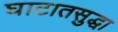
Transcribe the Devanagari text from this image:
घाटातसुद्धा